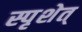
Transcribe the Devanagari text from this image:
स्पृशेत्